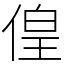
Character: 偟